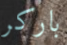
باركر